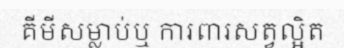
គីមីសម្លាប់ឬ ការពារសត្វល្អិត